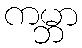
ကမ္ဘာ